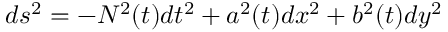
d s ^ { 2 } = - N ^ { 2 } ( t ) d t ^ { 2 } + a ^ { 2 } ( t ) d x ^ { 2 } + b ^ { 2 } ( t ) d y ^ { 2 }